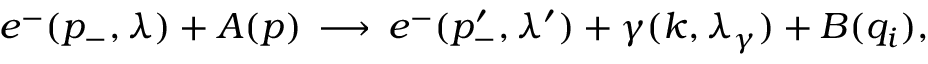
e ^ { - } ( p _ { - } , \lambda ) + A ( p ) \, \longrightarrow \, e ^ { - } ( p _ { - } ^ { \prime } , \lambda ^ { \prime } ) + \gamma ( k , \lambda _ { \gamma } ) + B ( q _ { i } ) ,